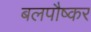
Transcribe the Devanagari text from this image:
बलपौष्कर